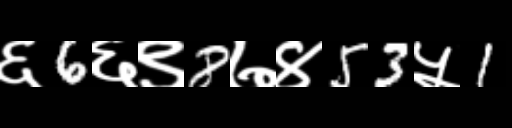
Text: ६6६९8७४53५1